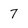
Character: 7